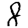
Digit: 8